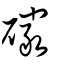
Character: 礹